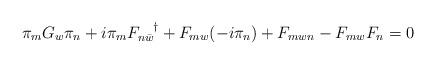
LaTeX: \begin{align*}\pi_{m}G_{w}\pi_{n} + i \pi_{m} F_{n\bar{w}}^{\;\;\;\;\dagger} + F_{mw}(-i\pi_{n}) + F_{mwn} -F_{mw}F_{n} = 0 \end{align*}